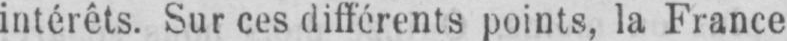
intérêts. Sur ces différents points, la France